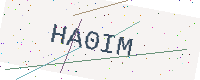
Text: HA0IM